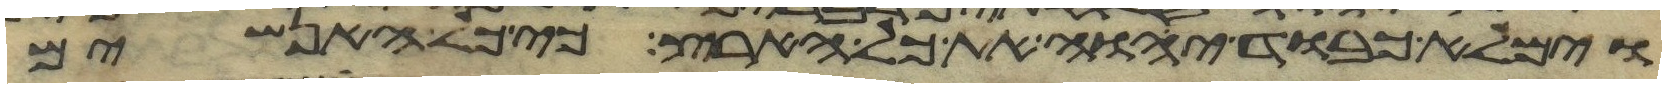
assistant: וימלא כבוד יהוה את כל הארץ כי כל האנשים